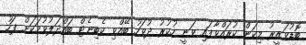
ބޮޑުވަޒީރު މިކަން ކުރައްވާފައި ވަނީ ހުކުރު ދުވަހު ބޭއްވި ކެބިނެޓް ބައްދަލުވުމަކަށް ފަހު